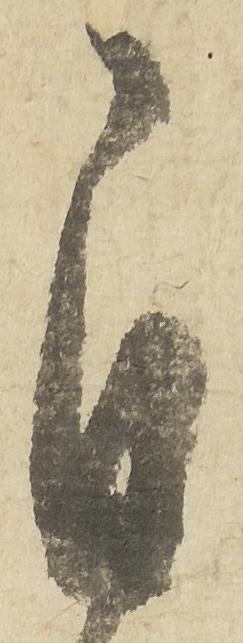
自